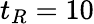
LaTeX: t_{R}=10